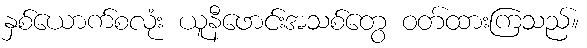
နှစ်ယောက်စလုံး ယူနီဖောင်းအသစ်တွေ ဝတ်ထားကြသည်။